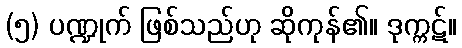
(၅) ပဏ္ဍုက် ဖြစ်သည်ဟု ဆိုကုန်၏။ ဒုက္ကဋ်။